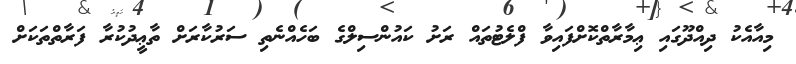
މިއާއެކު ދިއްދޫގައި ޢިމާރާތްކޮށްފައިވާ ފްލެޓުތައް ރަށު ކައުންސިލްގެ ބަހެއްނެތި ސަރުކާރަށް ތާޢީދުކުރާ ފަރާތްތަކަށް